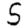
Digit: 5